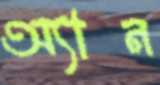
অ্যান